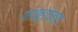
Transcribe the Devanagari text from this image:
पाणबुड्यांच्या